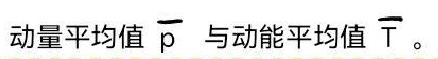
动量平均值 $\overline{\mathrm{p}}$ 与动能平均值 $\overline{\mathrm{T}}$ 。